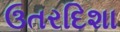
ઉતરદિશા